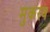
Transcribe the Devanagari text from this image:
मुकरव